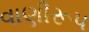
વાણીરૂપ